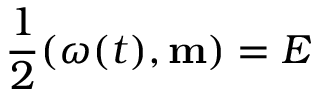
\frac 1 2 ( \boldsymbol { \omega } ( t ) , { \bf m } ) = E